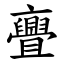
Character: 亹